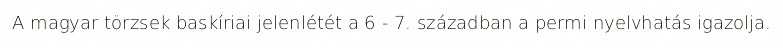
A magyar törzsek baskíriai jelenlétét a 6 - 7. században a permi nyelvhatás igazolja.